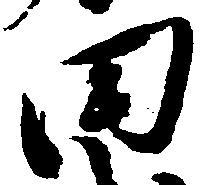
田